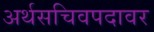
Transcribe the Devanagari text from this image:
अर्थसचिवपदावर